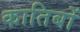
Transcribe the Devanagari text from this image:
कातिबों